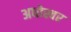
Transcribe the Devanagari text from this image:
अधोस्वर